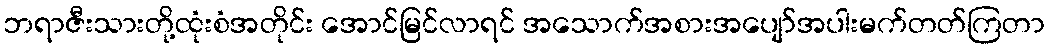
ဘရာဇီးသားတို့ထုံးစံအတိုင်း အောင်မြင်လာရင် အသောက်အစားအပျော်အပါးမက်တတ်ကြတာ